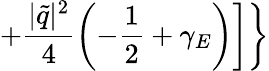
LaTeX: +\frac{|\widetilde{q}|^{2}}{4}\left(-\frac{1}{2}+\gamma_{E}\right)\biggr]\biggr\}